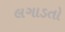
લગાડતો